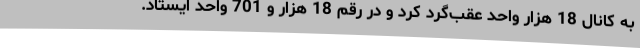
به کانال 18 هزار واحد عقب‌گرد کرد و در رقم 18 هزار و 701 واحد ایستاد.